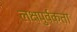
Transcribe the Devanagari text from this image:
लक्षपुर्वकता